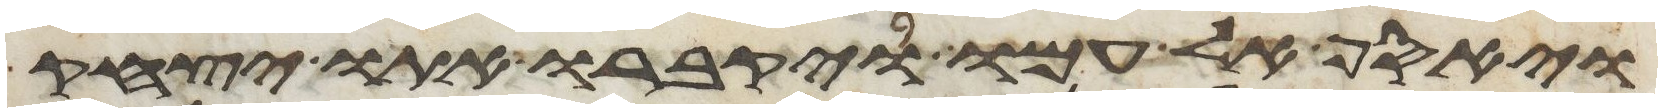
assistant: ויאסף אל עמו ויקברו אתו יצחק